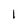
Character: l